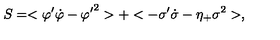
S = < { \varphi ^ { \prime } } \dot { \varphi } - { \varphi ^ { \prime } } ^ { 2 } > + < - \sigma ^ { \prime } \dot { \sigma } - \eta _ { + } \sigma ^ { 2 } > ,